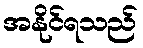
အနိုင်ရသည်